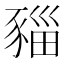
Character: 𧱥